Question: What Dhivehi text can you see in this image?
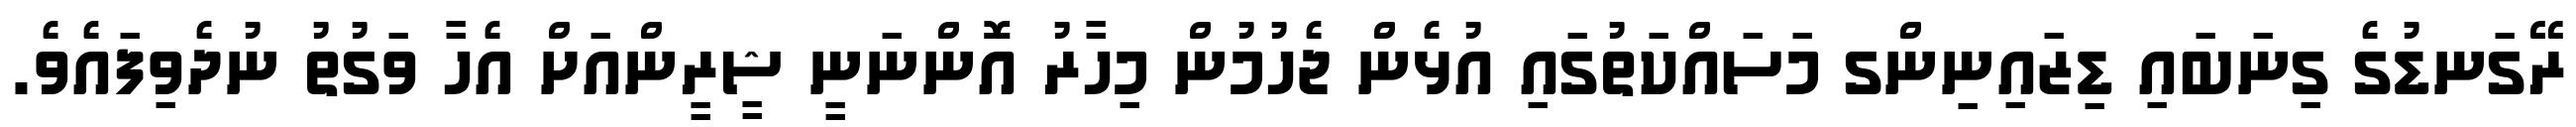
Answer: ރޭގަނޑުގެ ގިނަބައި ޑިޒައިނިންގ މަސައްކަތުގައި އުޅެން ޖެހުމުން މިހާރު އޮންނަނީ ޝީރީންއަށް އެހާ ވަގުތު ނުދެވިފައެވެ.